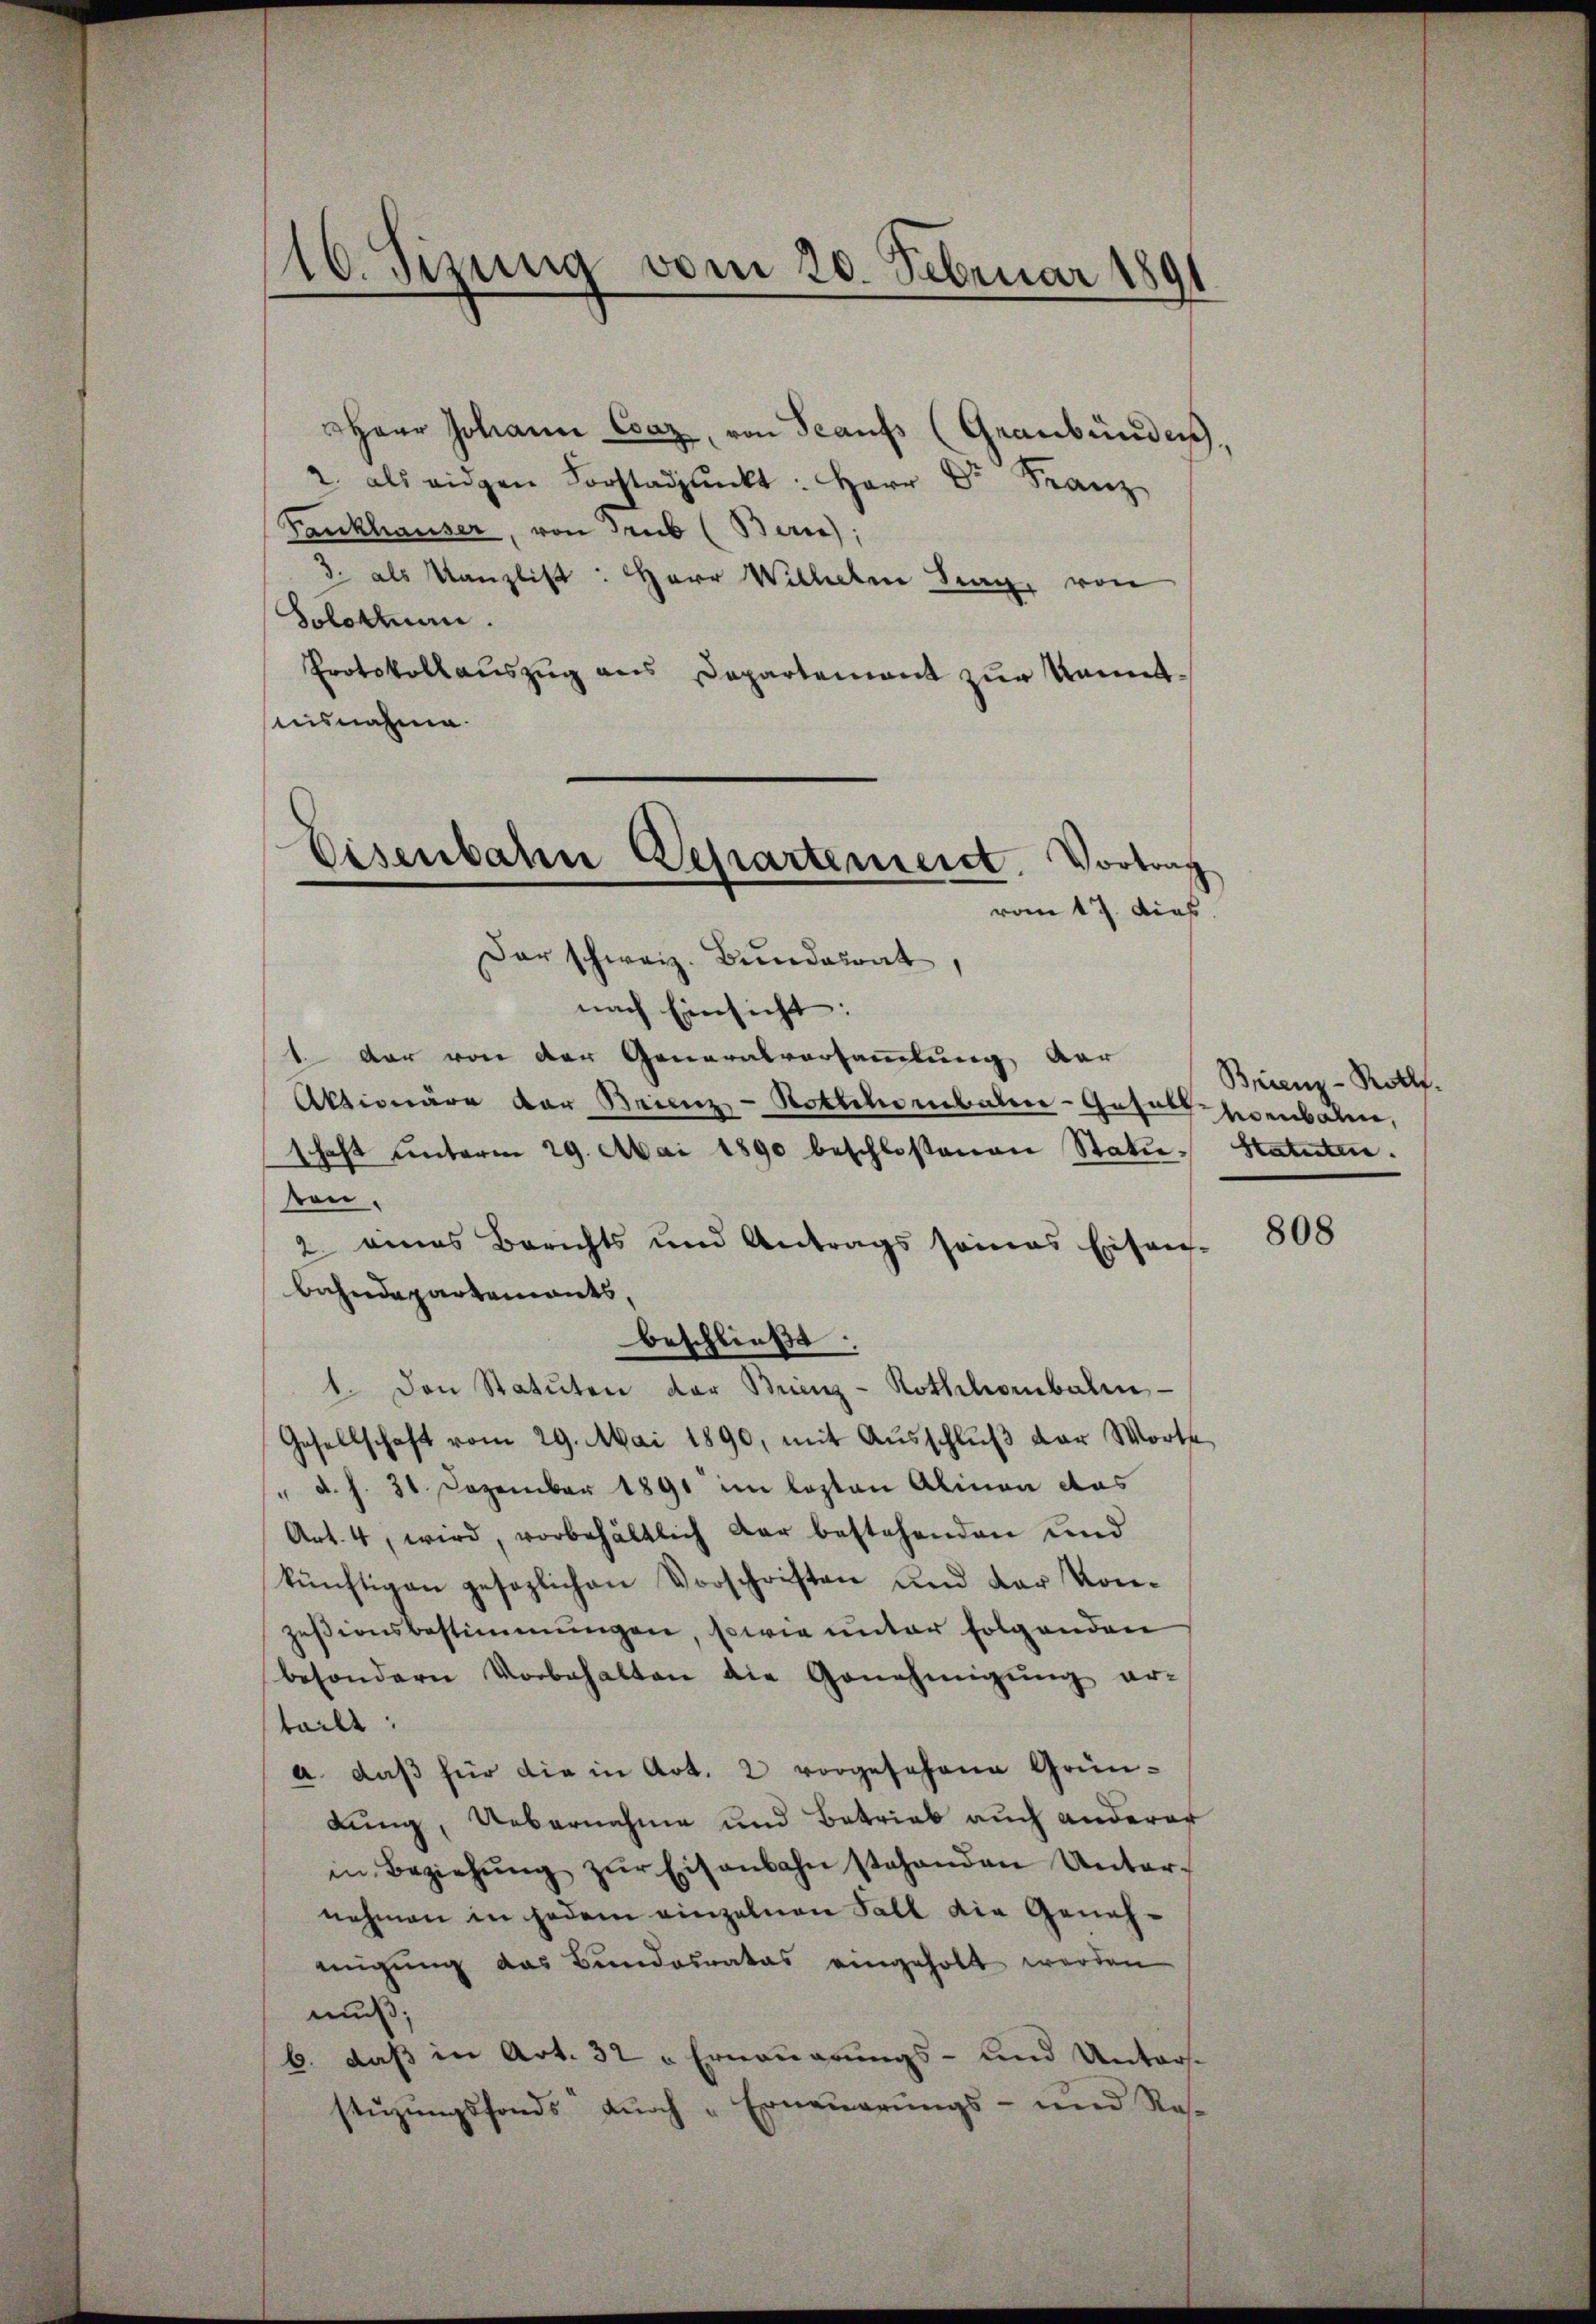
116. Sizung vom 20. Februar 1891

2. als eigen Forstadpŭnkt: Herr Dr. Franz
Fankhauser, von Trub (Bern;
3. als Kanzlist: Herr Wilhelm Sag, von
Solothurn.
Protokollauszug aus Departement zur Kennt¬
Ausnahme.
nach Einsicht:
1 dar von der Generalvorsammlung der
Aktionäre der Brienz-Hottchenbaler-Gesell hierbaren,
schaft unterm 29. Mai 1890 beschloßenen Statu- Statuten.
son
2. eines Berichts und Antrags seines Eisen-
bahndepartements,
beschließe.
1. Den Statuten der Brienz - Rothchorbahn-
Gesellschaft vom 29. Mai 1890, mit Aŭsschlŭβ der Worte
" d. h. 31 Dezember 1891 im lezten Alinen das
Art. 4, wird, vorbehältlich dar bestehenden und
künftigen gesezlichen Vorschriften und der Kon-
zesionsbestimmungen, sowie unter folgenden
besondern Vorbehalten die Genehmigung er-
teilt:
a. daβ für die in Art. 2 vorgesehene Grün-
lung, Uebernahme und Betrieb auch anderer
in Beziehŭng zŭr Eisenbahn stehenden Unter-
nehmen in jedem einzelnen Fall die Genehmigung das Bundesrates eingeholt werden
muß;
b. daß in Art. 32 " Erneuerungs- und Unters-
stŭzŭngsfonds dŭrch Erneŭerŭngs- und Res-

Eisenbahn Departemeist. Vortrag
vom 17. dies
Der schweiz. Bundesrat

Herr Johann Conz, von Seaufs (Graubünden

Brienz - Roth.

808